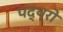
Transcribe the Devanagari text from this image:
पद्थ्रो